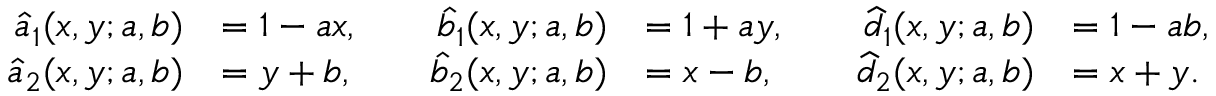
\begin{array} { r l } { \widehat { a } _ { 1 } ( x , y ; a , b ) } & { = 1 - a x , } \\ { \widehat { a } _ { 2 } ( x , y ; a , b ) } & { = y + b , } \end{array} \quad \begin{array} { r l } { \widehat { b } _ { 1 } ( x , y ; a , b ) } & { = 1 + a y , } \\ { \widehat { b } _ { 2 } ( x , y ; a , b ) } & { = x - b , } \end{array} \quad \begin{array} { r l } { { \widehat { d } } _ { 1 } ( x , y ; a , b ) } & { = 1 - a b , } \\ { { \widehat { d } } _ { 2 } ( x , y ; a , b ) } & { = x + y . } \end{array}